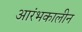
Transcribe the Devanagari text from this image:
आरंभकालीन